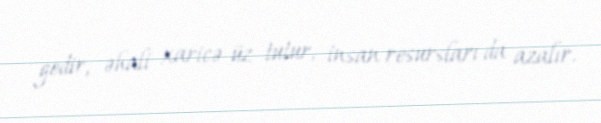
gedir, əhali xaricə üz tutur, insan resursları da azalır.